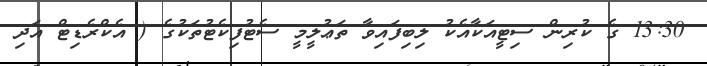
13:30 ގެ ކުރިން ސިޓީއަކާއެކު ލިބިފައިވާ ތަޢުލީމީ ސެޓުފިކެޓުތަކުގެ ( އެކްރެޑިޓް އަދި